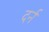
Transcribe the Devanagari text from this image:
दर्न